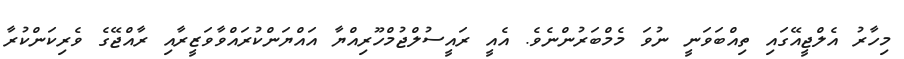
މިހާރު އެލްޖީއޭގައި ތިއްބަވަނީ ނުވަ މެމްބަރުންނެވެ. އެއީ ރައީސުލްޖުމްހޫރިއްޔާ އައްޔަންކުރައްވާވަޒީރާއި ރާއްޖޭގެ ވެރިކަންކުރާ